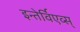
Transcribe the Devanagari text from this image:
इन्तेर्विएव्स्